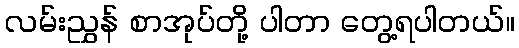
လမ်းညွှန် စာအုပ်တို့ ပါတာ တွေ့ရပါတယ်။